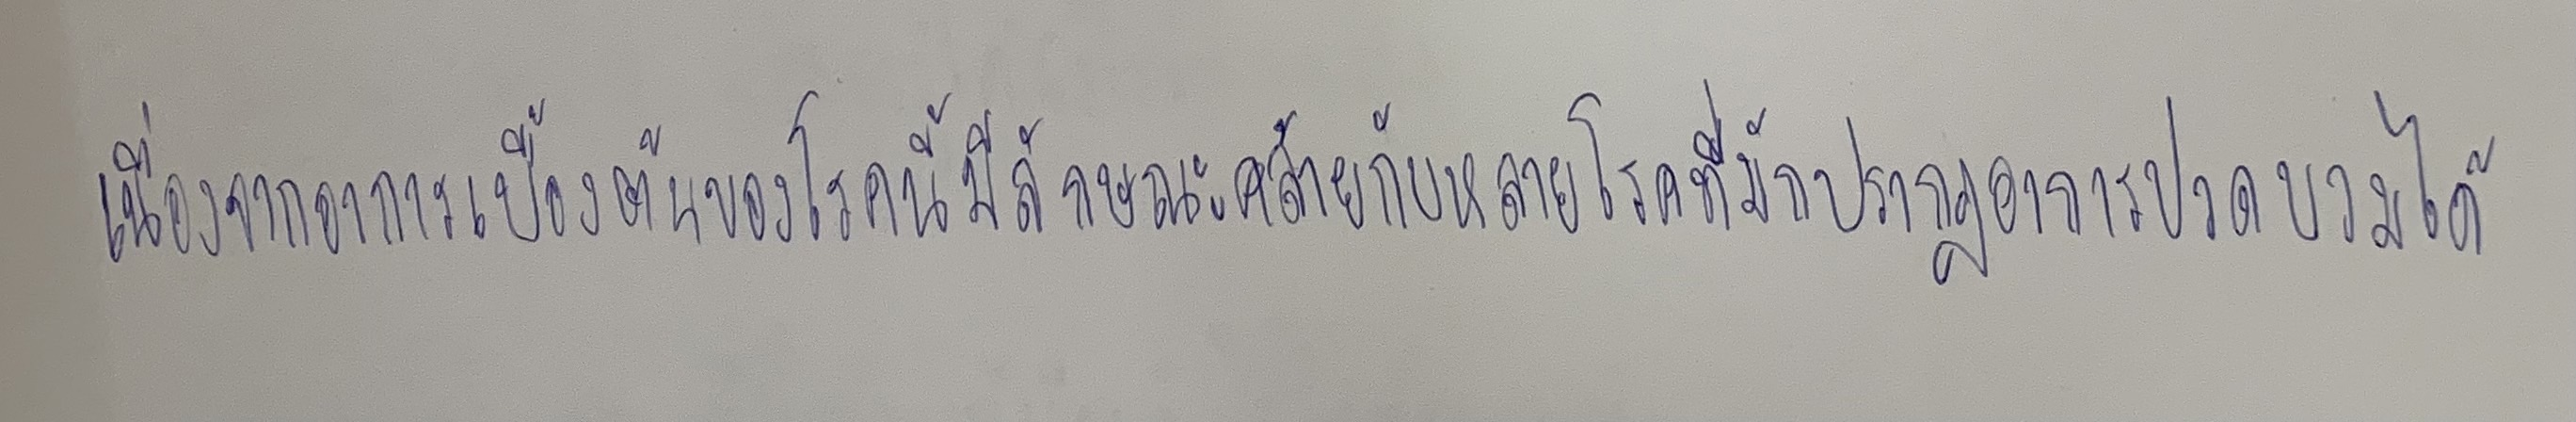
เนื่องจากอาการเบื้องต้นของโรคนี้มีลักษณะคล้ายกับหลายโรคที่มักปรากฏอาการปอดบวมได้